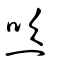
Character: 焁